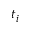
t _ { i }